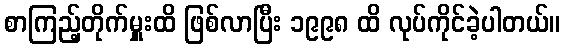
စာကြည့်တိုက်မှူးထိ ဖြစ်လာပြီး ၁၉၉၈ ထိ လုပ်ကိုင်ခဲ့ပါတယ်။